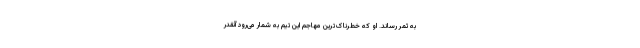
به ثمر رساند. او که خطرناک‌ترین مهاجم این تیم به شمار می‌رود آنقدر